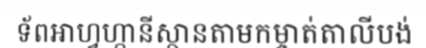
ទ័ពអាហ្វហ្កានីស្ថានតាមកម្ចាត់តាលីបង់